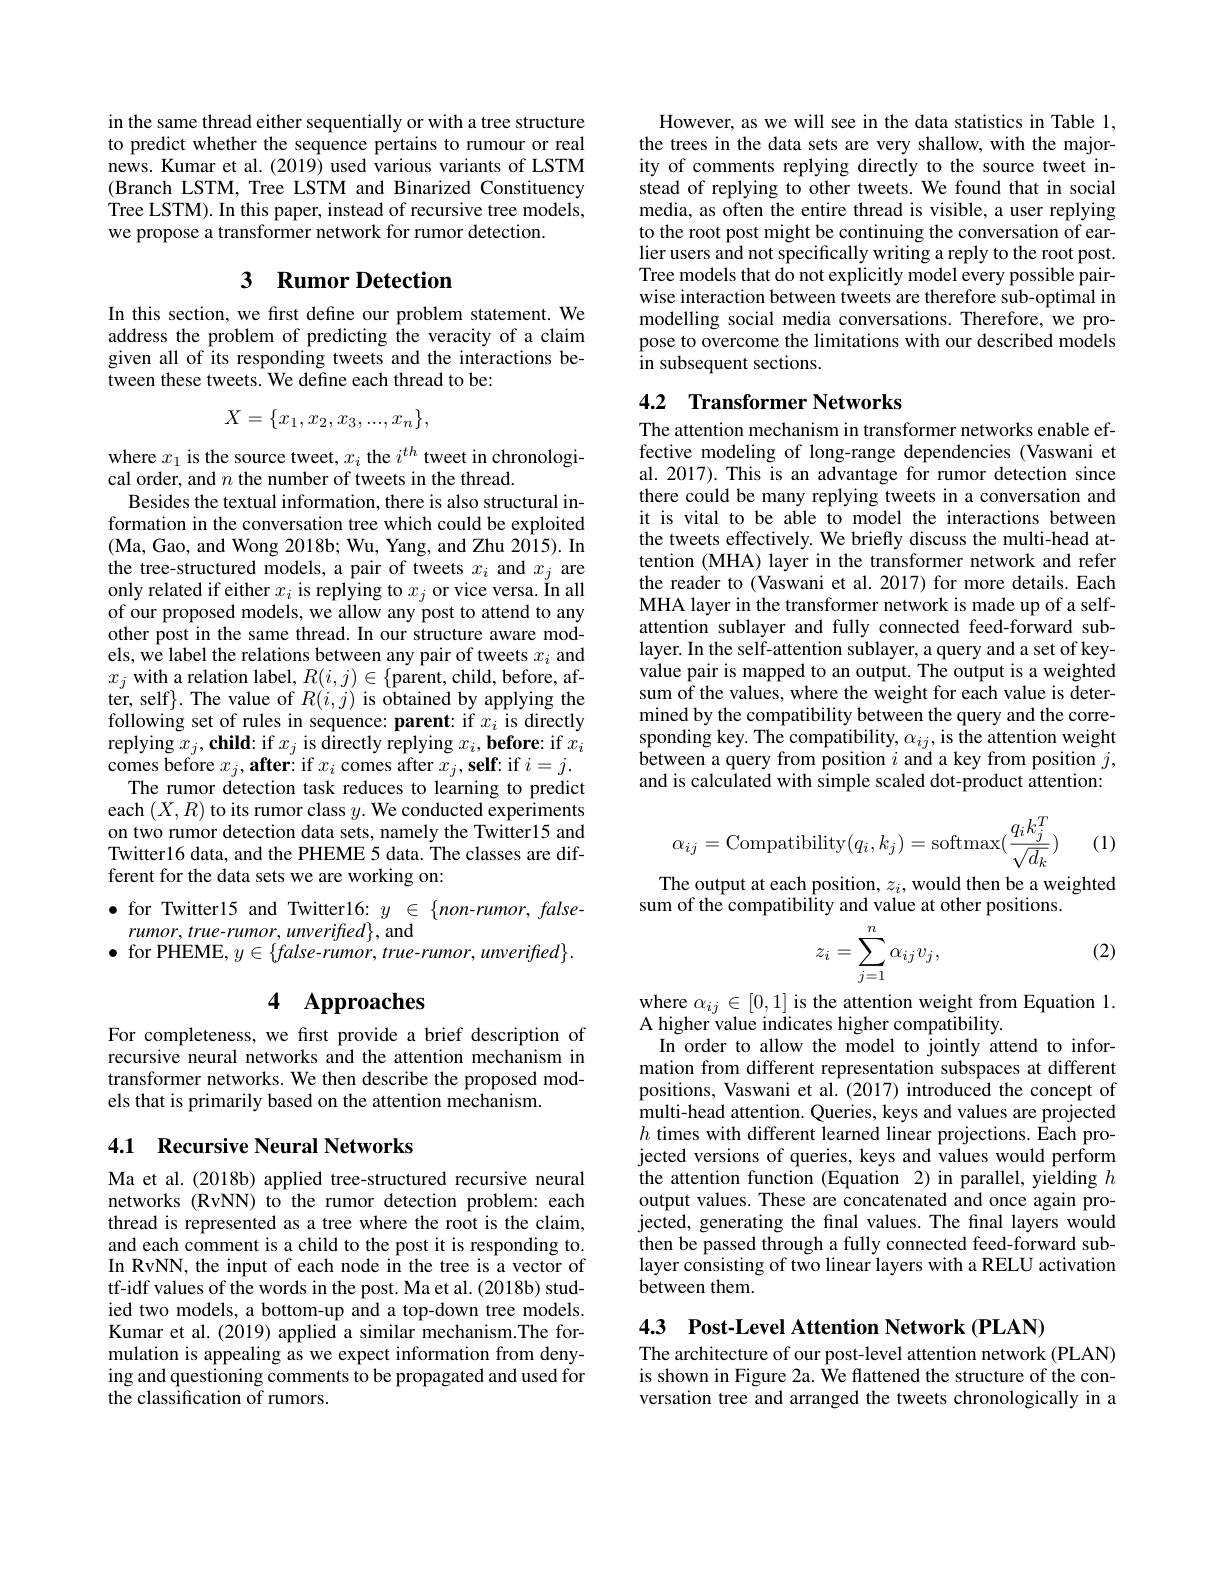
in the same thread either sequentially or with a tree structure to predict whether the sequence pertains to rumour or real news. Kumar et al. (2019) used various variants of LSTM (Branch LSTM, Tree LSTM and Binarized Constituency Tree LSTM). In this paper, instead of recursive tree models, we propose a transformer network for rumor detection.

# 3 Rumor Detection

In this section, we first define our problem statement. We address the problem of predicting the veracity of a claim given all of its responding tweets and the interactions between these tweets. We define each thread to be:
$$X=\{x_1,x_2,x_3,...,x_n\},$$
where $x_1$ is the source tweet, $x_i$ the $i^th$ tweet in chronologi-
cal order, and $n$ the number of tweets in the thread.
Besides the textual information, there is also structural information in the conversation tree which could be exploited (Ma, Gao, and Wong 2018b; Wu, Yang, and Zhu 2015). In the tree-structured models, a pair of tweets $x_i$ and $x_j$ are only related if either $x_i$ is replying to $x_j$ or vice versa. In all of our proposed models, we allow any post to attend to any other post in the same thread. In our structure aware models, we label the relations between any pair of tweets $x_i$ and $x_{j}$ with a relation label, $R(i,j)\in\{$parent, child, before, after, self}}. The value of $R(i,j)$ is obtained by applying the following set of rules in sequence: parent: if $x_i$ is directly replying $x_j, \textbf{child: if }x_j$ is directly replying $x_i, \textbf{before: if }x_i$ comes before $x_j, \textbf{after: if }x_i$ comes after $x_j, \textbf{self: if }i= j.$
The rumor detection task reduces to learning to predict each $(X,R)$ to its rumor class $y.$ We conducted experiments on two rumor detection data sets, namely the Twitter15 and Twitter16 data, and the PHEME 5 data. The classes are different for the data sets we are working on:
$\bullet$ for Twitter15 and Twitter16: $y\in\{non-rumor,false-$

$rumor,true-rumor,unverified\}$, and
$\bullet$ for PHEME, $y\in\{false$-rumor, true-rumor, unverified}..

# 4 Approaches

For completeness, we first provide a brief description of recursive neural networks and the attention mechanism in transformer networks. We then describe the proposed models that is primarily based on the attention mechanism.

## 4.1 Recursive Neural Networks

Ma et al.(2018b) applied tree-structured recursive neural networks (RvNN) to the rumor detection problem: each thread is represented as a tree where the root is the claim, and each comment is a child to the post it is responding to. In RvNN, the input of each node in the tree is a vector of tf-idf values of the words in the post. Ma et al. (2018b) studied two models, a bottom-up and a top-down tree models. Kumar et al. (2019) applied a similar mechanism.The formulation is appealing as we expect information from denying and questioning comments to be propagated and used for the classification of rumors.

However, as we will see in the data statistics in Table 1, the trees in the data sets are very shallow, with the majority of comments replying directly to the source tweet instead of replying to other tweets. We found that in social media, as often the entire thread is visible, a user replying to the root post might be continuing the conversation of earlier users and not specifically writing a reply to the root post. Tree models that do not explicitly model every possible pairwise interaction between tweets are therefore sub-optimal in modelling social media conversations. Therefore, we propose to overcome the limitations with our described models in subsequent sections.

## 4.2 Transformer Networks

The attention mechanism in transformer networks enable effective modeling of long-range dependencies (Vaswani et al. 2017). This is an advantage for rumor detection since there could be many replying tweets in a conversation and it is vital to be able to model the interactions between the tweets effectively. We briefly discuss the multi-head attention (MHA) layer in the transformer network and refer the reader to (Vaswani et al. 2017) for more details. Each MHA layer in the transformer network is made up of a selfattention sublayer and fully connected feed-forward sublayer. In the self-attention sublayer, a query and a set of keyvalue pair is mapped to an output. The output is a weighted sum of the values, where the weight for each value is determined by the compatibility between the query and the corresponding key. The compatibility, $\alpha_{ij}$, is the attention weight between a query from position $i$ and a key from position $j$, and is calculated with simple scaled dot-product attention:

(1)
$$\alpha_{ij}=\text{Compatibility}(q_i,k_j)=\text{softmax}(\frac{q_ik_j^T}{\sqrt{d_k}})$$
The output at each position, $z_i$, would then be a weighted
sum of the compatibility and value at other positions.

(2)
$$z_i=\sum_{j=1}^n\alpha_{ij}v_j,$$
where $\alpha_{ij}\in[0,1]$ is the attention weight from Equation 1.
A higher value indicates higher compatibility.
In order to allow the model to jointly attend to information from different representation subspaces at different positions, Vaswani et al. (2017) introduced the concept of multi-head attention. Queries, keys and values are projected $h$ times with different learned linear projections. Each projected versions of queries, keys and values would perform the attention function (Equation 2) in parallel, yielding $h$ output values. These are concatenated and once again projected, generating the final values. The final layers would then be passed through a fully connected feed-forward sublayer consisting of two linear layers with a RELU activation between them

4.3 Post-Level Attention Network (PLAN)

The architecture of our post-level attention network (PLAN) is shown in Figure 2a. We flattened the structure of the conversation tree and arranged the tweets chronologically in a